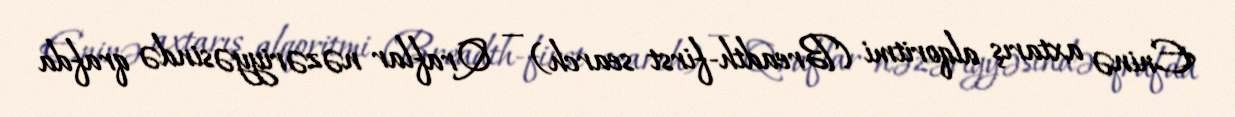
Eninə axtarış alqoritmi (Breadth-first search) — Qraflar nəzəriyyəsində qrafda